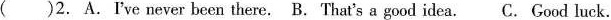
( )2. A.I've never been there. B. That's a good idea. C. Good luck.